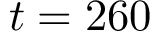
t = 2 6 0